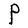
Character: P